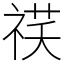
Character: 䄏